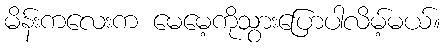
မိန်းကလေးက မေမေ့ကိုသွားပြောပါလိမ့်မယ်။